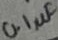
Text: 0.1µF